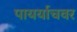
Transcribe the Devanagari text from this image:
पायर्याचवर